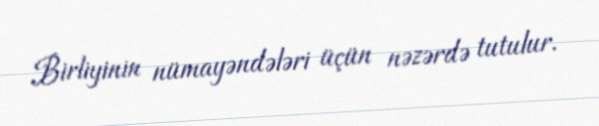
Birliyinin nümayəndələri üçün nəzərdə tutulur.